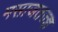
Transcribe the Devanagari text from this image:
मसाजतज्ज्ञ